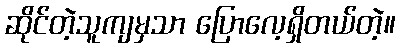
ဆိုင်တဲ့သူကျမှသာ ပြောလေ့ရှိတယ်တဲ့။